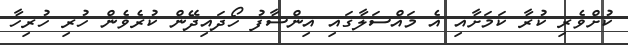
ކުށްވެރި ކުރާ ކަމަށާއި އެ މައްސަލާގައި އިންސާފު ހޯދައިދޭން ކުރެވެން ހުރި ހުރިހާ